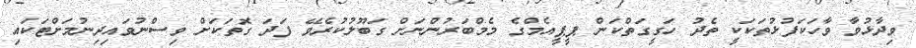
ވިދާޅުވާ ވާހަކަފުޅުތަކަކީ ތެދު ހަގީގަތްކަން ޕީޕީއެމްގެ މެމްބަރުންނަށް ގަބޫލުކުރެވޭ ފަދަ ގޮތަކަށް ވިސްނުވައިދިނުމަށްޓަކައި